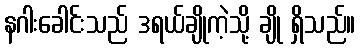
နဂါးခေါင်းသည် ဒရယ်ချိုကဲ့သို့ ချို ရှိသည်။